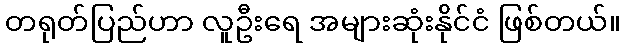
တရုတ်ပြည်ဟာ လူဦးရေ အများဆုံးနိုင်ငံ ဖြစ်တယ်။